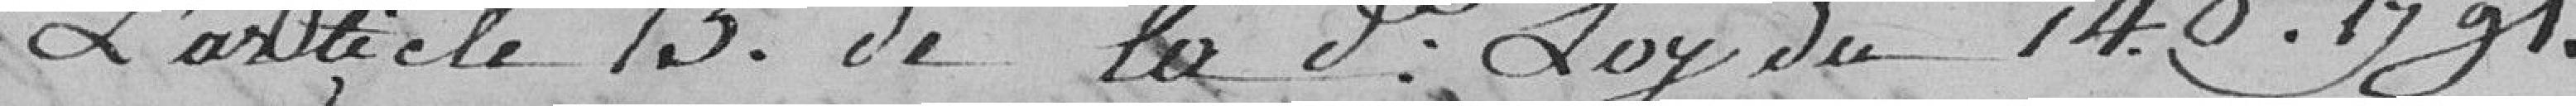
l'article 15 de la dite loi du 14 octobre 1791.